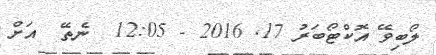
ލޯބިވޭ އޮކްޓޯބަރު 17